Report on malaria in the Punjab during the year ...  together with an account of the work of the Punjab Malaria Bureau - Volume 3
Disease focus: Malaria
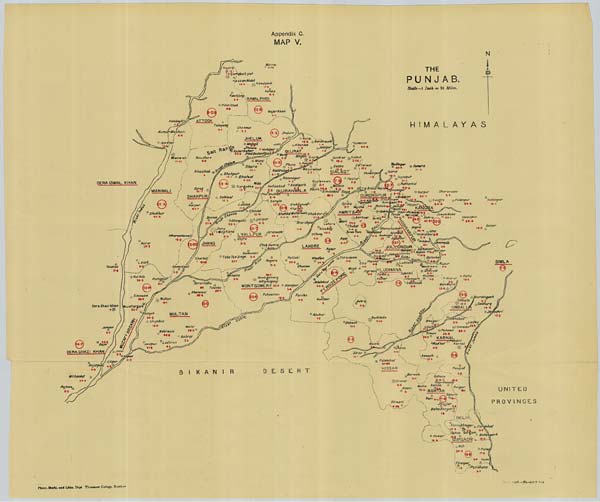
Photo.-Mechl. and Litho. Dept., Thomason College, Roorkee.
May, 1916.—No. 4655-7-420